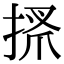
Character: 𢮞